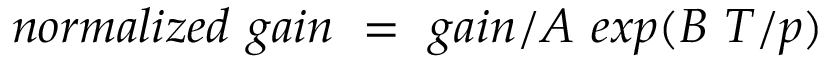
n o r m a l i z e d ~ g a i n ~ = ~ g a i n / A ~ e x p ( B ~ T / p )